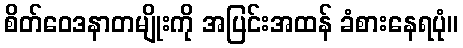
စိတ်ဝေဒနာတမျိုးကို အပြင်းအထန် ခံစားနေရပုံ။